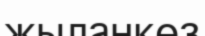
жыланкөз